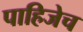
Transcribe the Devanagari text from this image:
पाहिजेच